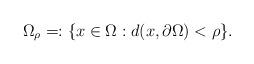
LaTeX: \begin{align*}\Omega_{\rho}=:\{x\in\Omega:d(x,\partial\Omega)<\rho\}.\end{align*}